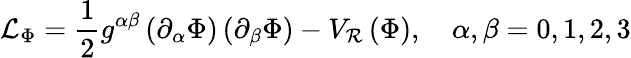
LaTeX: \mathcal{L}_{\Phi}=\frac{1}{2}g^{\alpha\beta}\left(\partial_{\alpha}\Phi\right)\left(\partial_{\beta}\Phi\right)-V_{\mathcal{R}}\left(\Phi\right),\quad\alpha,\beta=0,1,2,3